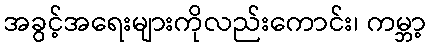
အခွင့်အရေးများကိုလည်းကောင်း၊ ကမ္ဘာ့